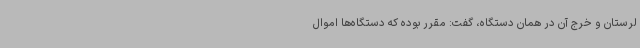
لرستان و خرج آن در همان دستگاه، گفت: مقرر بوده که دستگاه‌ها اموال